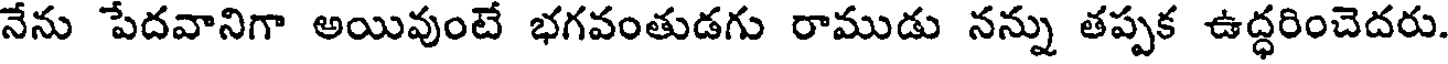
నేను పేదవానిగా అయివుంటే భగవంతుడగు రాముడు నన్ను తప్పక ఉద్ధరించెదరు.